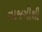
તાજગીથી